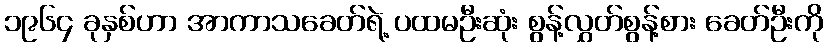
၁၉၆၄ ခုနှစ်ဟာ အာကာသခေတ်ရဲ့ ပထမဦးဆုံး စွန့်လွှတ်စွန့်စား ခေတ်ဦးကို